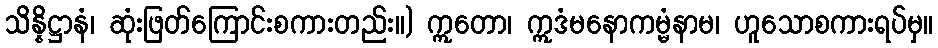
သိန္နိဋ္ဌာနံ၊ ဆုံးဖြတ်ကြောင်းစကားတည်း။) ဣတော၊ ဣဒံမနောကမ္မံနာမ၊ ဟူသောစကားရပ်မှ။